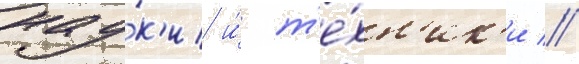
нау́к'и и́ т'е́хн'ик'и //